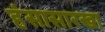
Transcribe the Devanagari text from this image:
हंसासारखा